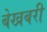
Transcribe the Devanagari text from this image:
बेखबरी